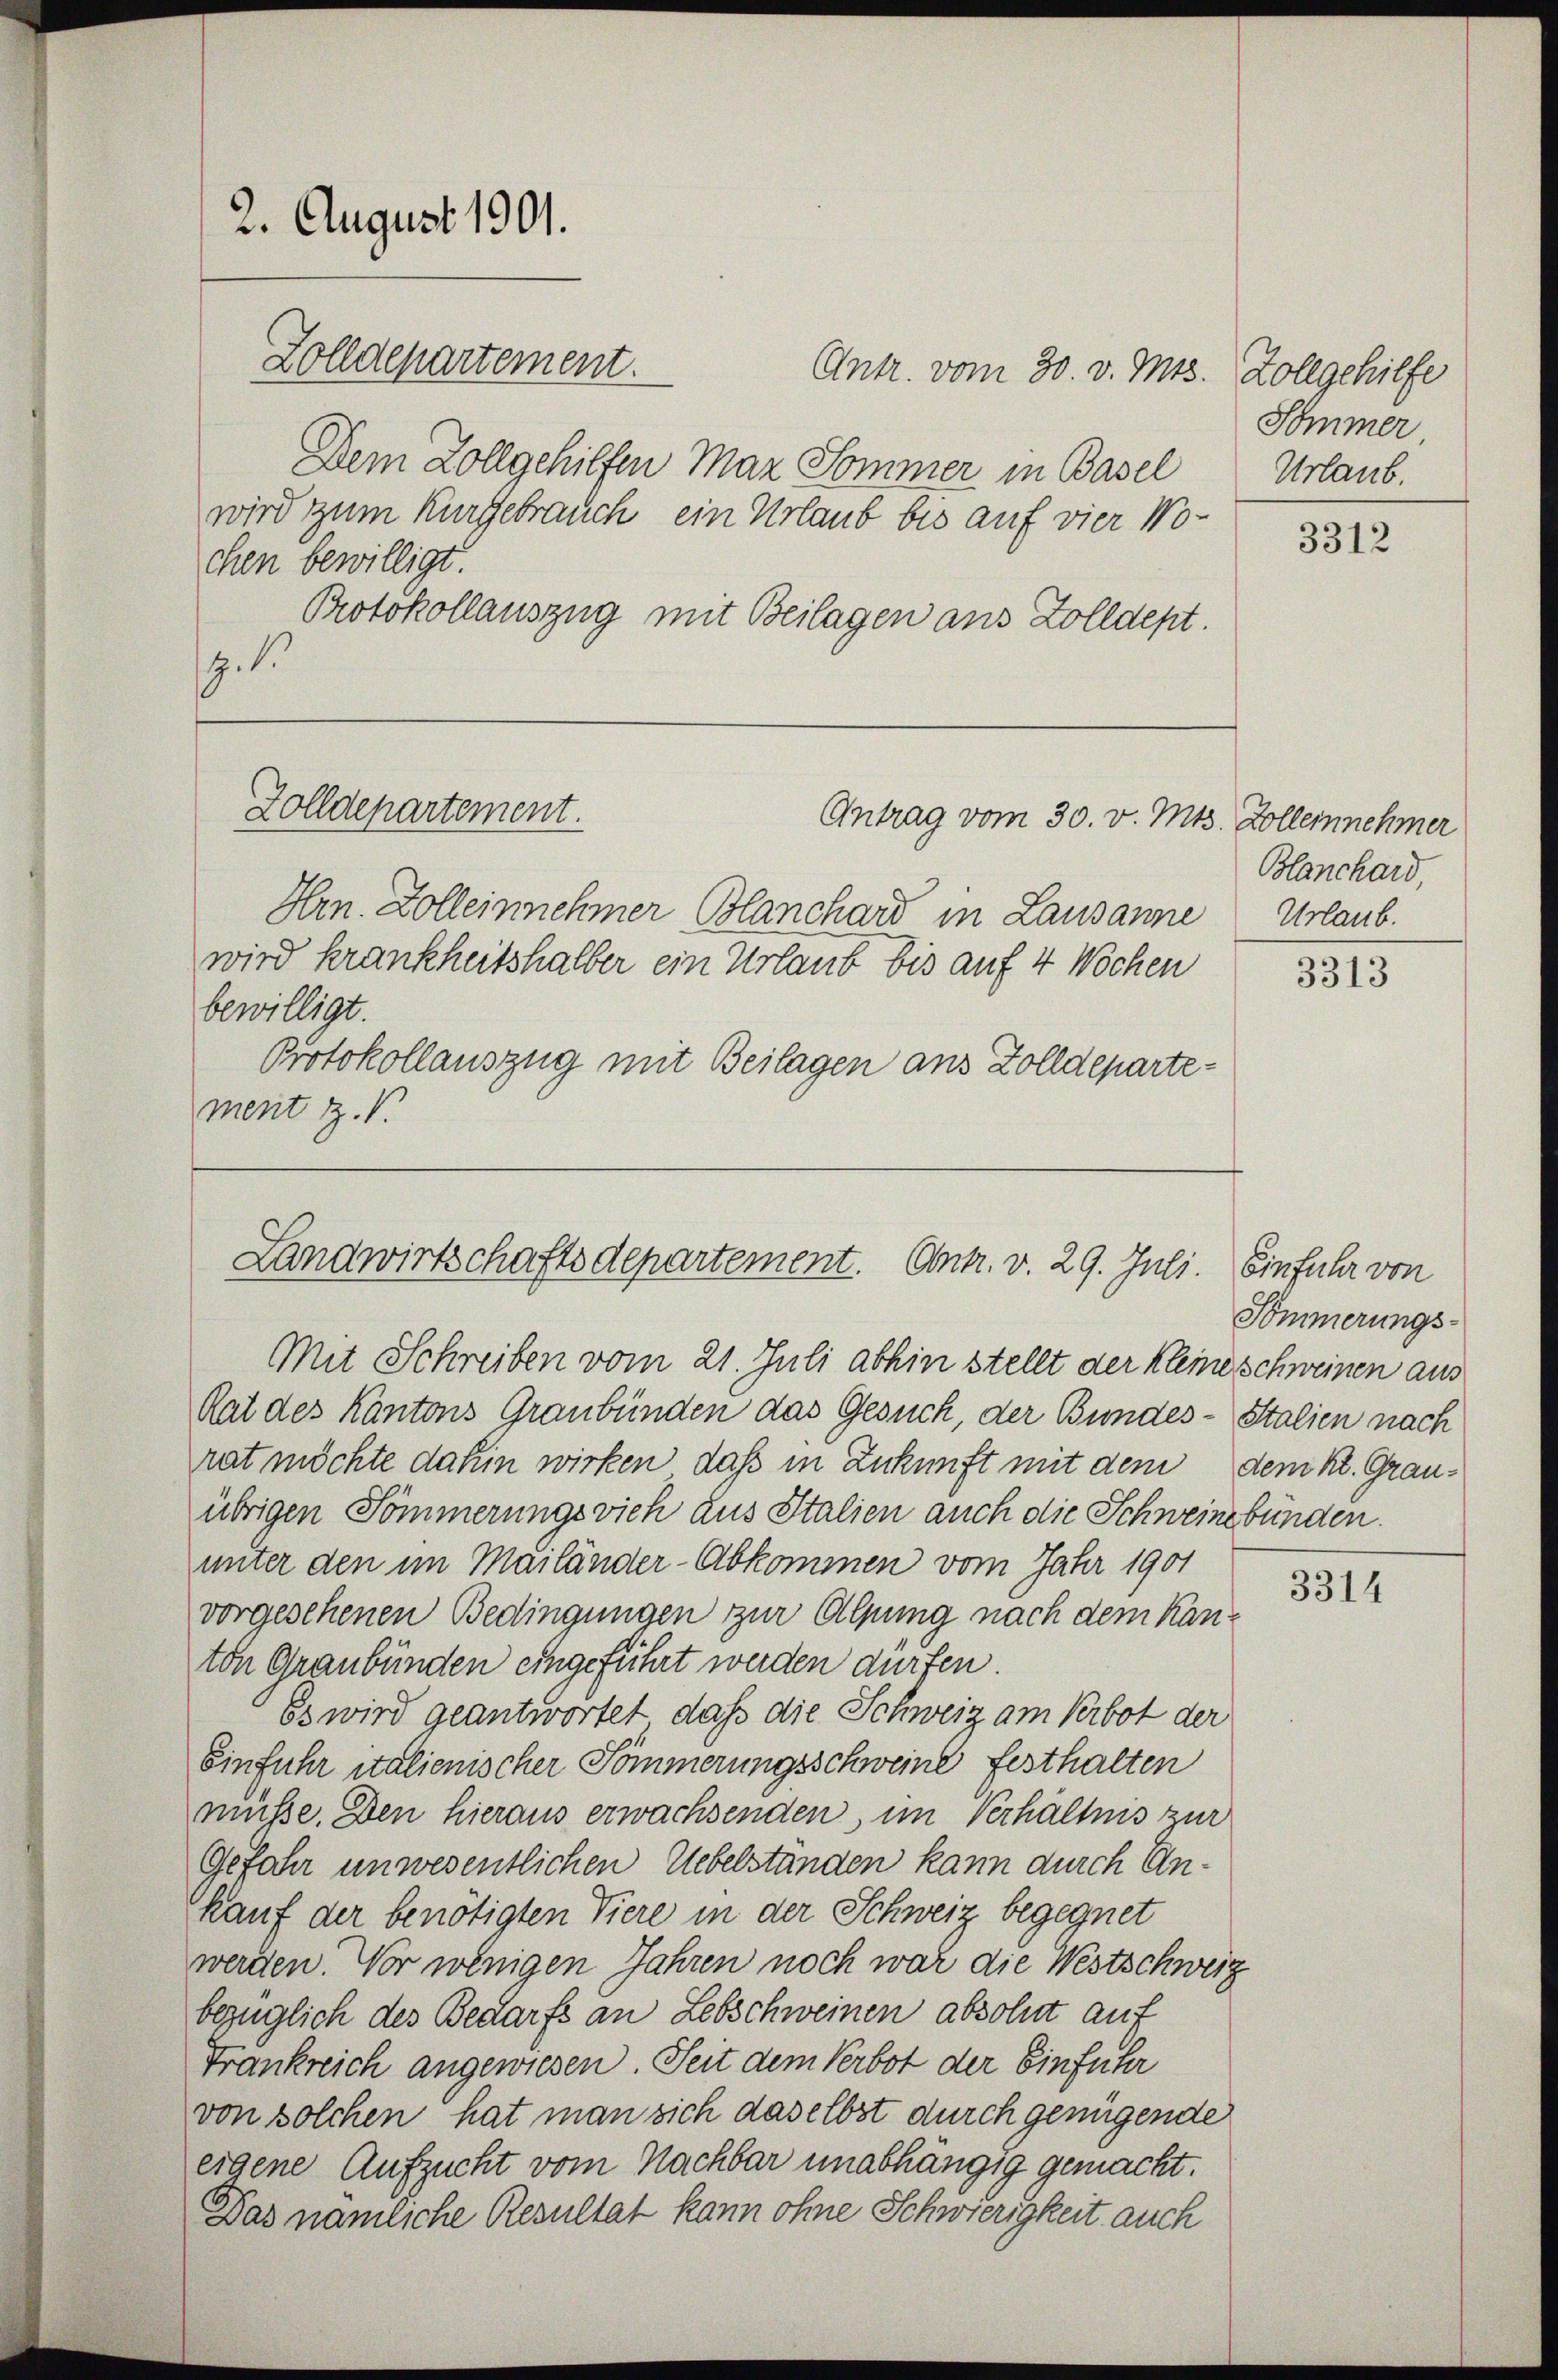
Protokollauszug mit Beilagen aus Zolldepartement Z. V.

2. August 1901.
Zolldepartement.
Antr. vom 30. v. Mts. Zollgehilfe
Dem Zollgehilfen Maz Sommer in Basel
wird zum Kurgebrauch ein Urlaub bis auf vier Wochen bewilligt.
Protokollauszug mit Beilagen aus Zolldept.
.
Zolldepartement.
Antrag vom 30. v. Mts. Zollernehmer
Hrn. Zolleinnehmer Blanchard in Lausanne
wird krankheitshalber ein Urlaub bis auf 4 Wochen
bewilligt.

Landwirtschaftsdepartement. Antr. v. 29. Juli. Einfuhr von
Mit Schreiben vom 21. Juli abhin stellt der kleine schweinen aus

Rat des Kantons Graubünden das Gesuch, der Bundes-Stalien nach
rat möchte dahin wirken, daß in Zukunft mit dem dem kl. Grauübrigen Sommerungsvieh aus Italien auch die Schweine bünden.
unter den im Mailänder-Abkommen vom Jahr 1901
vorgesehenen Bedingungen zur Alpung nach dem Kanton Graubünden eingeführt werden dürfen.
Es wird geantwortet, daß die Schweiz am Verbot der
Einfuhr italienischer Sömmerungsschweine festhalten
müsse. Den hieraus erwachsenden, im Verhältnis zur
Gefahr unwesentlichen Uebelständen kann durch Ankauf der benötigten Viere in der Schweiz begegnet
werden. Vor wenigen Jahren noch war die Westschweiz
bezüglich des Bedarfs an Lebschweinen absolut auf
Frankreich angewiesen. Seit dem Verbot der Einführ
von solchen hat man sich daselbst durch genügende
eigene Aufzucht vom Nachbar unabhängig gemacht.
Das nämliche Resultat kann ohne Schwierigkeit auch

Sommer
Urlaub.

3312

Blanchard,
Urlaub.

3313

Sömmerungs-

3314